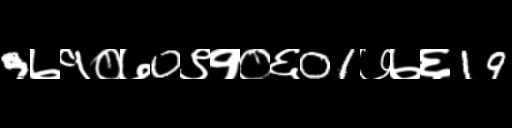
Text: 9७१०७0९१०६01७७६19